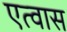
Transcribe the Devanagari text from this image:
एत्वास